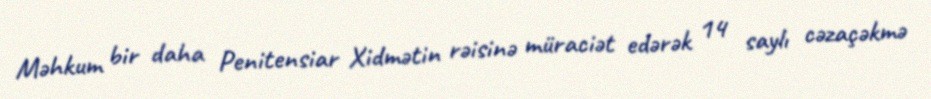
Məhkum bir daha Penitensiar Xidmətin rəisinə müraciət edərək 14 saylı cəzaçəkmə